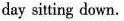
day sitting down.